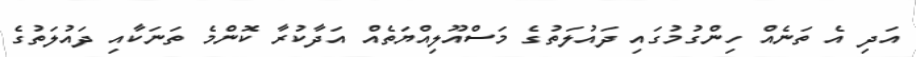
އަދި އެ ތަނެއް ހިންގުމުގައި ދައުލަތުގެ މަސްއޫލިއްޔަތެއް އަދާކުރާ ކޮންމެ ތަނަކާއި ދައުލަތުގެ